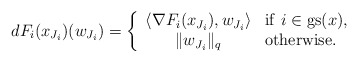
\begin{align*} dF_i(x_{J_i})(w_{J_i}) =\left\{\begin{array}{cl} \langle\nabla F_i(x_{J_i}),w_{J_i}\rangle&{\rm if}\ i\in{\rm gs}(x),\\ \|w_{J_i}\|_q &{\rm otherwise}. \end{array}\right. \end{align*}